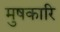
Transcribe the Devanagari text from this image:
मुषकारि